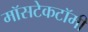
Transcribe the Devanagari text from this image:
मॉसटेकटॉमी